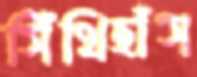
সিঁথিহাঁস